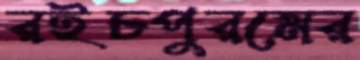
রইচপুরমের